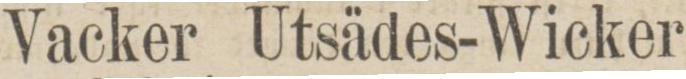
Vacker Utsädes-Wicker